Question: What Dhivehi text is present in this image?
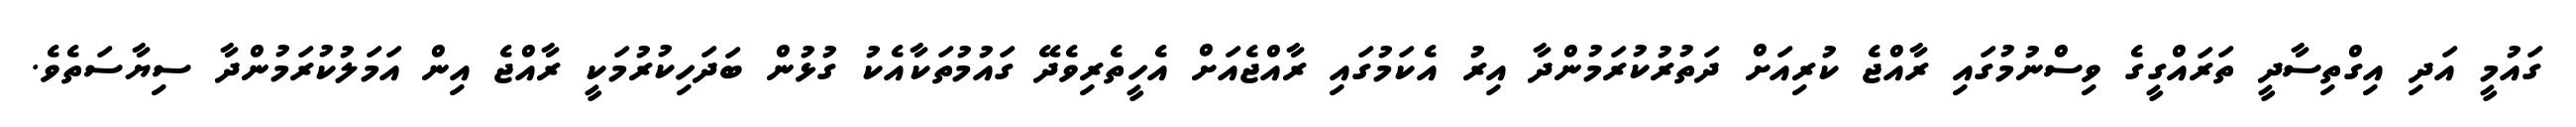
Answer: ގައުމީ އަދި އިގްތިސާދީ ތަރައްގީގެ ވިސްނުމުގައި ރާއްޖެ ކުރިއަށް ދަތުރުކުރަމުންދާ އިރު އެކަމުގައި ރާއްޖެއަށް އެހީތެރިވެދޭ ގައުމުތަކާއެކު ގުޅުން ބަދަހިކުރުމަކީ ރާއްޖެ އިން އަމަލުކުރަމުންދާ ސިޔާސަތެވެ.